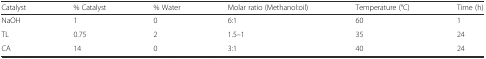
| Catalyst | % Catalyst | % Water | Molar ratio (Methanol:oil) | Temperature (°C) | Time (h) |
 | --- | --- | --- | --- | --- | --- |
 | NaOH | 1 | 0 | 6:1 | 60 | 1 |
 | TL | 0.75 | 2 | 1.5–1 | 35 | 24 |
 | CA | 14 | 0 | 3:1 | 40 | 24 |